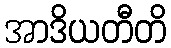
အာဒိယတီတိ